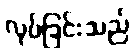
လုပ်ခြင်းသည်